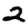
Digit: 2